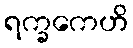
ရက္ခကေဟိ